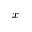
\boldsymbol { x }